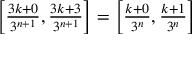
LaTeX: \textstyle \left[ { \frac { 3 k + 0 } { 3 ^ { n + 1 } } } , { \frac { 3 k + 3 } { 3 ^ { n + 1 } } } \right] = \left[ { \frac { k + 0 } { 3 ^ { n } } } , { \frac { k + 1 } { 3 ^ { n } } } \right]